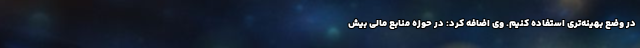
در وضع بهینه‌تری استفاده کنیم. وی اضافه کرد: در حوزه منابع مالی بیش